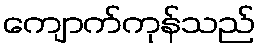
ကျောက်ကုန်သည်